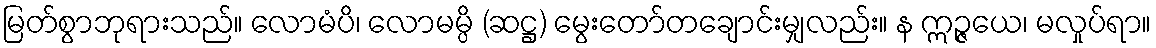
မြတ်စွာဘုရားသည်။ လောမံပိ၊ လောမမ္ပိ (ဆဋ္ဌ) မွေးတော်တချောင်းမျှလည်း။ န ဣဉ္ဇယေ၊ မလှုပ်ရာ။